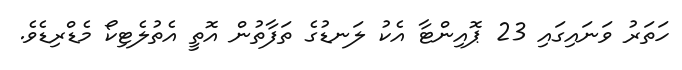
ހަތަރު ވަނައިގައި 23 ޕޮއިންޓާ އެކު ލަނޑުގެ ތަފާތުން އޮތީ އެތުލެޓިކޯ މެޑްރިޑެވެ.